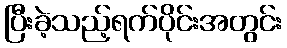
ပြီးခဲ့သည့်ရက်ပိုင်းအတွင်း